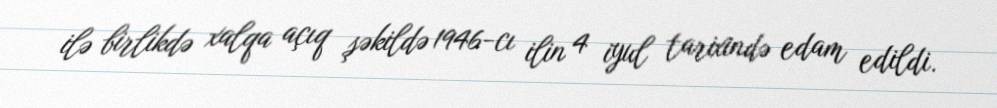
ilə birlikdə xalqa açıq şəkildə 1946-cı ilin 4 iyul tarixində edam edildi.